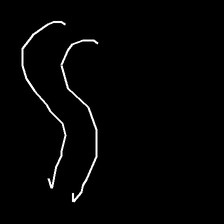
Glyph: float